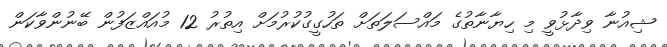
ޝިއުނާ ވިދާޅުވީ މި ހިޔާނާތުގެ މައްސަލަތަށް ތަހުގީގުކުރުމަށް އިތުރު 12 މުއައްޒަފުން ބޭނުންވާކަން